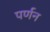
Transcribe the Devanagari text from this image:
पर्णन